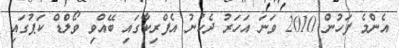
އެންމެ ފަހުން 2010 ވަނަ އަހަރު ދެކުނު އެފްރިކާގައި ބޭއްވި ވޯލްޑް ކަޕުގައި